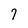
Character: 7